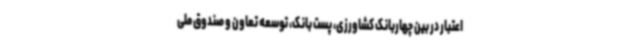
اعتبار در بین چهاربانک کشاورزی، پست بانک، توسعه تعاون و صندوق ملی